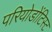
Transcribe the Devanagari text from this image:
परियोडोंटिस्ट